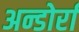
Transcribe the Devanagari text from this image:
अन्डोर्रा